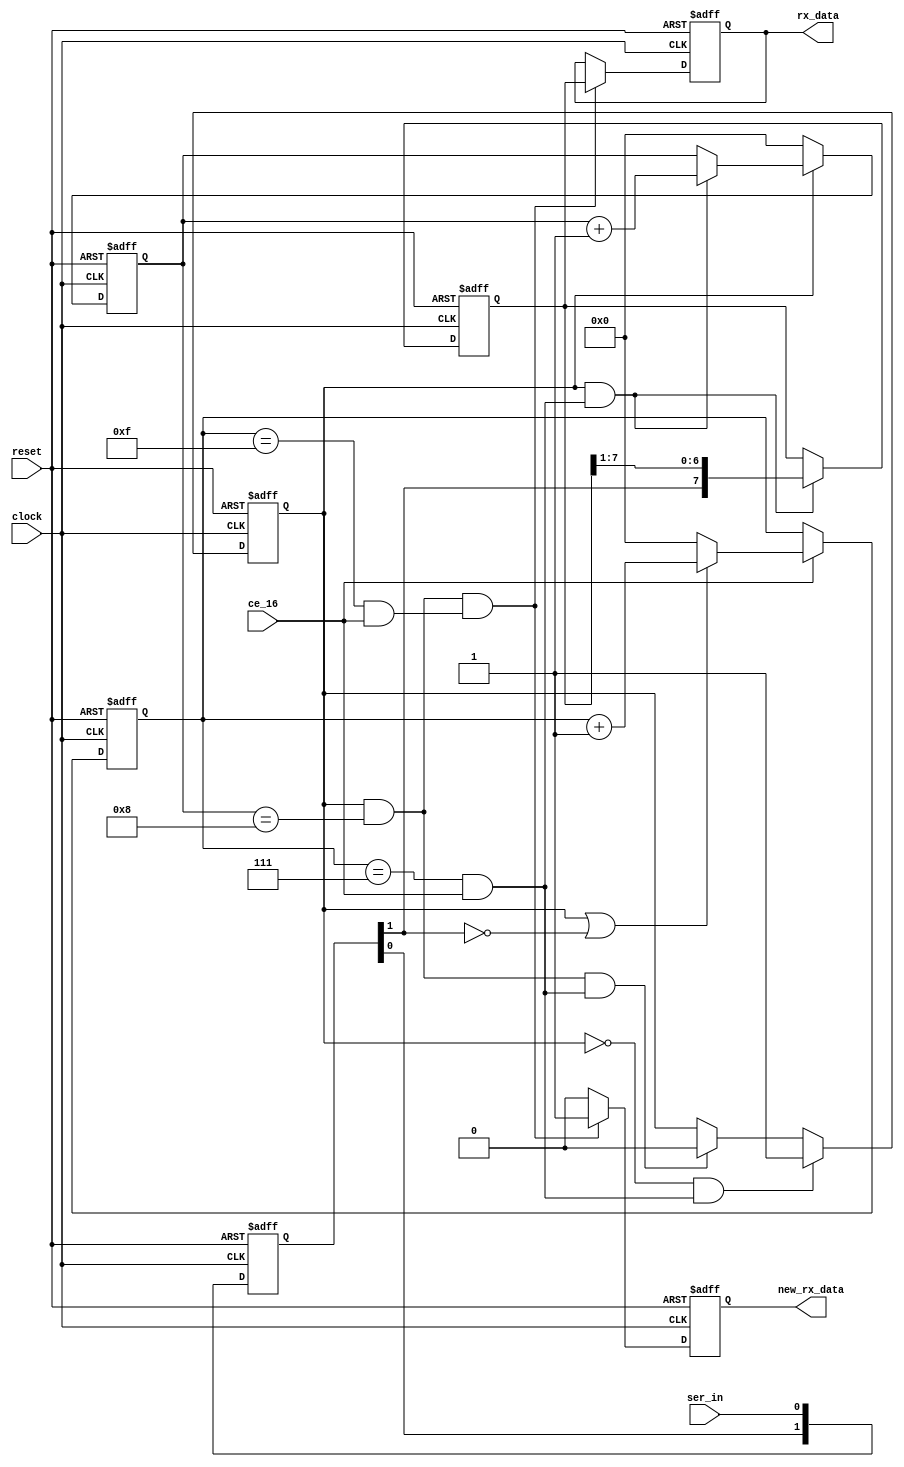
//---------------------------------------------------------------------------------------
// uart receive module  
//
//---------------------------------------------------------------------------------------

module uart_rx 
(
	clock, reset,
	ce_16, ser_in, 
	rx_data, new_rx_data 
);
//---------------------------------------------------------------------------------------
// modules inputs and outputs 
input 			clock;			// global clock input 
input 			reset;			// global reset input 
input			ce_16;			// baud rate multiplyed by 16 - generated by baud module 
input			ser_in;			// serial data input 
output	[7:0]	rx_data;		// data byte received 
output 			new_rx_data;	// signs that a new byte was received 

// internal wires 
wire ce_1;		// clock enable at bit rate 
wire ce_1_mid;	// clock enable at the middle of each bit - used to sample data 

// internal registers 
reg	[7:0] rx_data;
reg	new_rx_data;
reg [1:0] in_sync;
reg rx_busy; 
reg [3:0]	count16;
reg [3:0]	bit_count;
reg [7:0]	data_buf;
//---------------------------------------------------------------------------------------
// module implementation 
// input async input is sampled twice 
always @ (posedge clock or posedge reset)
begin 
	if (reset) 
		in_sync <= 2'b11;
	else 
		in_sync <= {in_sync[0], ser_in};
end 

// a counter to count 16 pulses of ce_16 to generate the ce_1 and ce_1_mid pulses.
// this counter is used to detect the start bit while the receiver is not receiving and 
// signs the sampling cycle during reception. 
always @ (posedge clock or posedge reset)
begin
	if (reset) 
		count16 <= 4'b0;
	else if (ce_16) 
	begin 
		if (rx_busy | (in_sync[1] == 1'b0))
			count16 <= count16 + 4'b1;
		else 
			count16 <= 4'b0;
	end 
end 

// ce_1 pulse indicating expected end of current bit 
assign ce_1 = (count16 == 4'b1111) & ce_16;
// ce_1_mid pulse indication the sampling clock cycle of the current data bit 
assign ce_1_mid = (count16 == 4'b0111) & ce_16;

// receiving busy flag 
always @ (posedge clock or posedge reset)
begin 
	if (reset)
		rx_busy <= 1'b0;
	else if (~rx_busy & ce_1_mid)
		rx_busy <= 1'b1;
	else if (rx_busy & (bit_count == 4'h8) & ce_1_mid) 
		rx_busy <= 1'b0;
end 

// bit counter 
always @ (posedge clock or posedge reset)
begin 
	if (reset)
		bit_count <= 4'h0;
	else if (~rx_busy) 
		bit_count <= 4'h0;
	else if (rx_busy & ce_1_mid)
		bit_count <= bit_count + 4'h1;
end 

// data buffer shift register 
always @ (posedge clock or posedge reset)
begin 
	if (reset)
		data_buf <= 8'h0;
	else if (rx_busy & ce_1_mid)
		data_buf <= {in_sync[1], data_buf[7:1]};
end 

// data output and flag 
always @ (posedge clock or posedge reset)
begin 
	if (reset) 
	begin 
		rx_data <= 8'h0;
		new_rx_data <= 1'b0;
	end 
	else if (rx_busy & (bit_count == 4'h8) & ce_1)
	begin 
		rx_data <= data_buf;
		new_rx_data <= 1'b1;
	end 
	else 
		new_rx_data <= 1'b0;
end 

endmodule
//---------------------------------------------------------------------------------------
//						Th.. Th.. Th.. Thats all folks !!!
//---------------------------------------------------------------------------------------